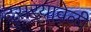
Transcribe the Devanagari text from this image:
दुसर्‍यावेळी